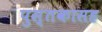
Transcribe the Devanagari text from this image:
पुस्तकासह